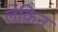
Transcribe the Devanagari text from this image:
लेक़िन